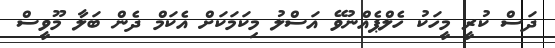
ދަސް ކުރީ މީހަކު ހެލްޕެއްނުވޭ އަސްލު މިކަމަކަށް އެކަމް ދެން ބަލާ މޫވީސް